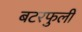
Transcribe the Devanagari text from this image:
बटरफुली